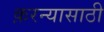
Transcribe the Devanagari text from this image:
क़रन्यासाठी